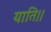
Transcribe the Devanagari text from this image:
याति।।